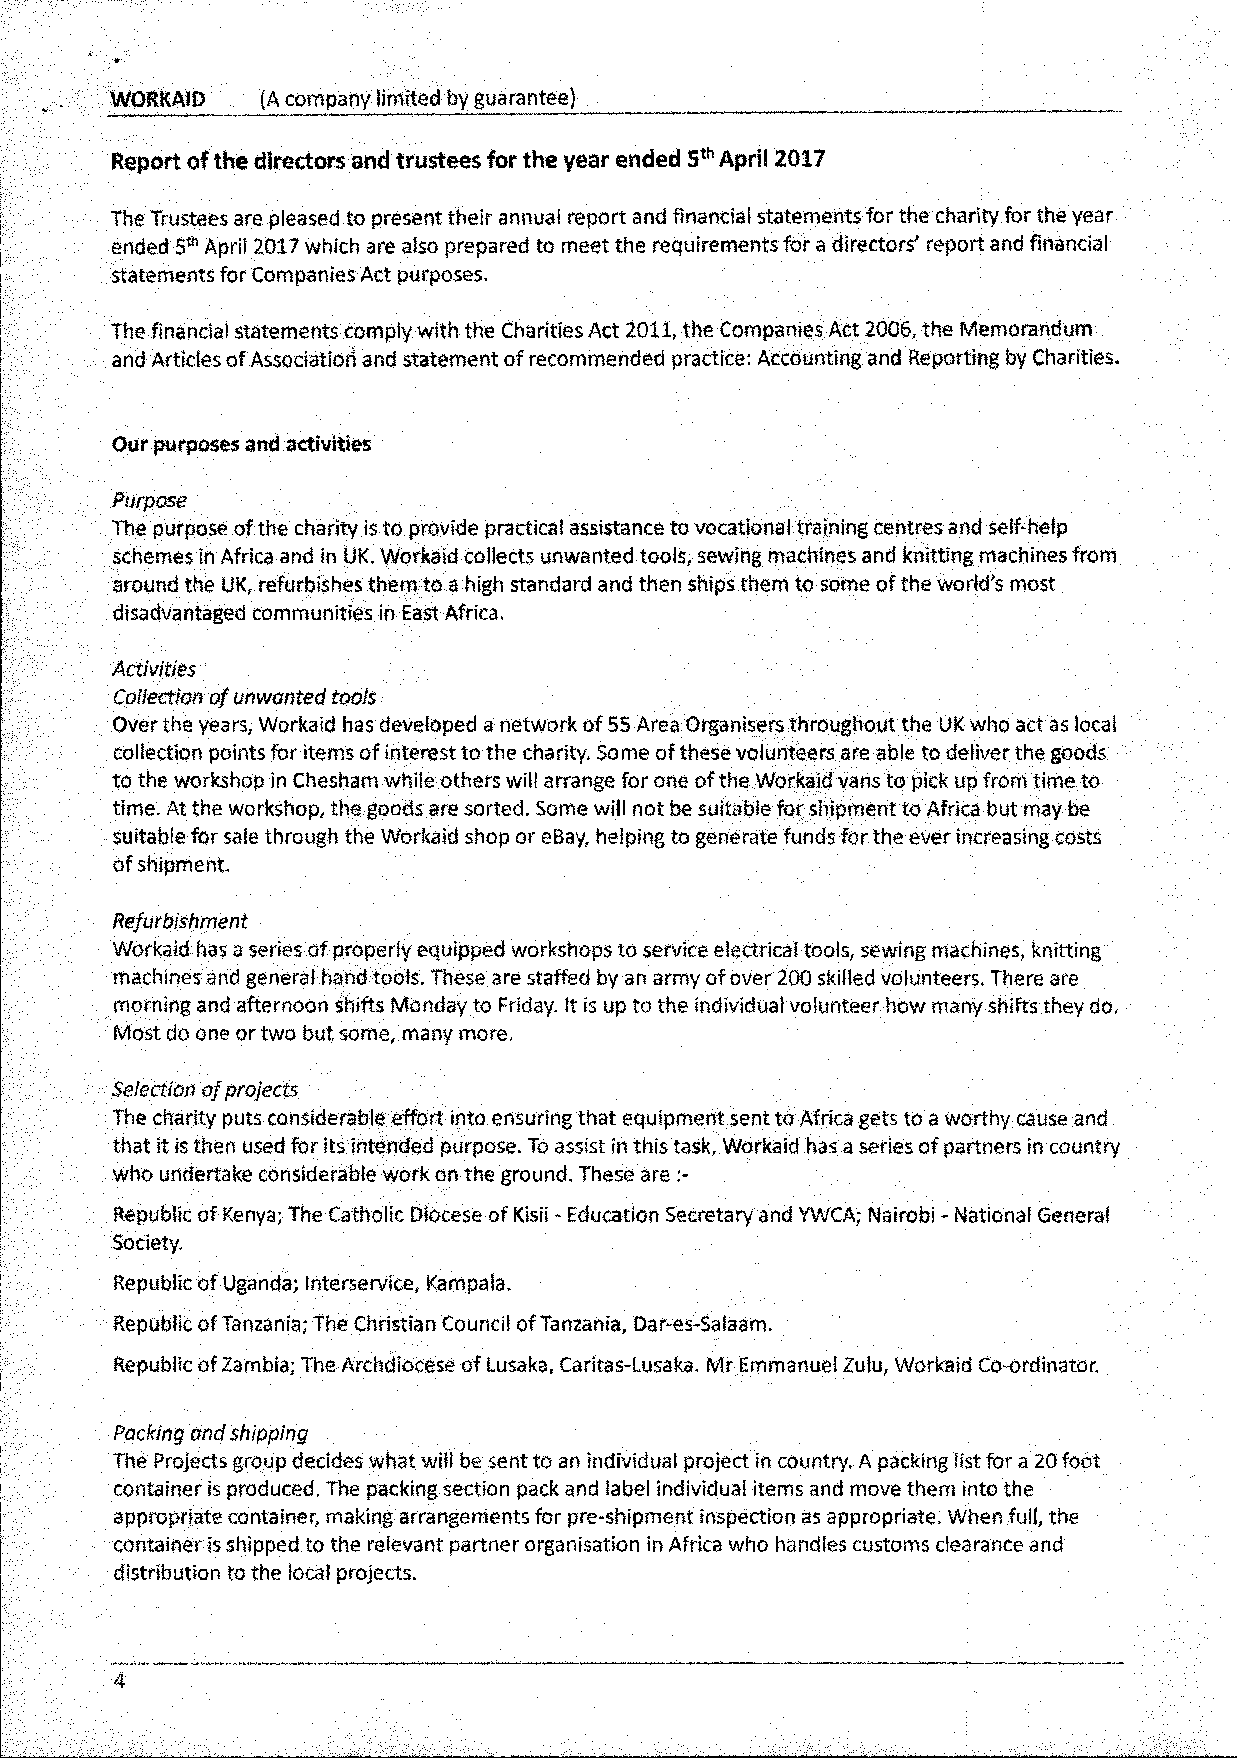
WORKAID   (A company limited by guarantee)
 Report of the directors and trustees for the year ended 5th April 2017
 The Trustees are pleased to present their annual report and financial statements for the charity for the year
 ended 5th April 201? which are also prepared to meet the requirements for a directors' report and financial
 statements for Companies Act purposes.
 The financial statements comply with the Charities Act 2011, the Companies Act 2006, the Memorandum
 and Articles of Association and statement of recommended practice: Accounting and Reporting by Charities.
 Our purposes and activities
 Purpose
 The purpose of the charity is to provide practical assistance to vocational training centres and self-help
 schemes in Africa and in UK. Workaid collects unwanted tools, sewing machines and knitting machines from
 around the UK, refurbishes them to a high standard and then ships them to some of the world's most
 disadvantaged communities in East Africa.
 Activities
 Collection of unwanted tools
 Over the years, Workaid has developed a network of 55 Area Organisers throughout the UK who act as local
 collection points for items of interest to the charity. Some of these volunteers are able to deliver the goods
 to the workshop in Chesham while others will arrange for one of the Workaid vans to pick up from time to
 time. At the workshop, the goods are sorted. Some will not be suitable for shipment to Africa but may be
 suitable for sale through the Workaid shop or eBay, helping to generate funds for the ever increasing costs
 of shipment.
 Refurbishment
 Workaid has a series of properly equipped workshops to service electrical tools, sewing machines, knitting
 machines and general hand tools. These are staffed by an army of over 200 skilled volunteers. There are
 morning and afternoon shifts Monday to Friday. It is up to the individual volunteer how many shifts they do.
 Most do one or two but some, many more.
 Selection of projects
 The charity puts considerable effort into ensuring that equipment sent to Africa gets to a worthy cause and
 that it is then used for its intended purpose. To assist in this task, Workaid has a series of partners in country
 who undertake considerable work on the ground. These are
 Republic of Kenya; The Catholic Diocese of Kisii - Education Secretary and YWCA; Nairobi - National General
 Society.
 Republic of Uganda; Interservice, Kampala. '
 Republic of Tanzania; The Christian Council of Tanzania, Dar-es-Salaam.
 Republic of Zambia; The Archdiocese of Lusaka, Caritas-Lusaka. Mr Emmanuel Zulu, Workaid Co-ordinator.
 Packing and shipping
 The Projects group decides what will be sent to an individual project in country. A packing list for a 20 foot
 container is produced. The packing section pack and label individual items and move them into the
 appropriate container, making arrangements for pre-shipment inspection as appropriate. When full, the
 container is shipped to the relevant partner organisation in Africa who handles customs clearance and
 distribution to the local projects.
 4